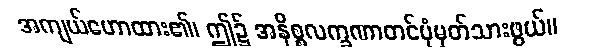
အကျယ်ဟောထား၏၊ ဤ၌ အနိစ္စလက္ခဏာတင်ပုံမှတ်သားဖွယ်။